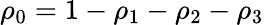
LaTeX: \rho_{0}=1-\rho_{1}-\rho_{2}-\rho_{3}